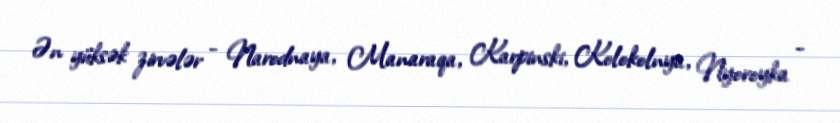
Ən yüksək zirvələr - Narodnaya, Manaraqa, Karpinski, Kolokolnya, Nyoroyka -